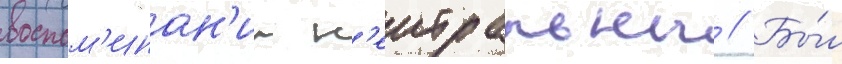
воспом'инан'ии н'еитральны // Бы́л